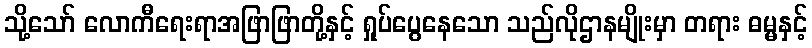
သို့သော် လောကီရေးရာအဖြာဖြာတို့နှင့် ရှုပ်ပွေနေသော သည်လိုဌာနမျိုးမှာ တရား ဓမ္မနှင့်